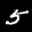
Label: 5